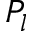
P _ { l }